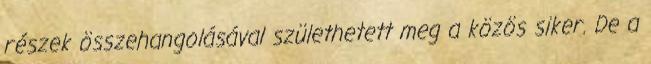
részek összehangolásával születhetett meg a közös siker. De a